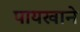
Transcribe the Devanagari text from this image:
पायखाने